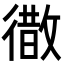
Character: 𭜁